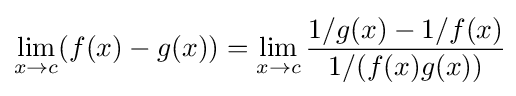
\lim _{x\to c}(f(x)-g(x))=\lim _{x\to c}{\frac {1/g(x)-1/f(x)}{1/(f(x)g(x))}}\!